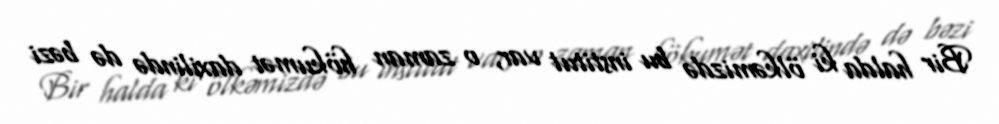
Bir halda ki ölkəmizdə bu institut var, o zaman hökumət daxilində də bəzi